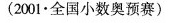
(2001·全国小数奥预赛)